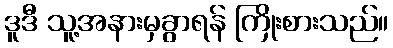
ဒူဒီ သူ့အနားမှခွာရန် ကြိုးစားသည်။